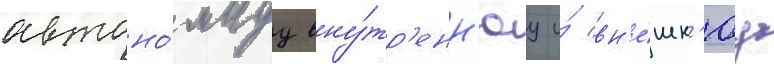
автоно́мнуу вну́тр'енн'юу и́ вн'е́шн'юу